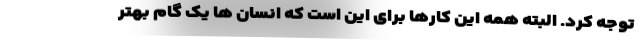
توجه کرد. البته همه این کارها برای این است که انسان ها یک گام بهتر